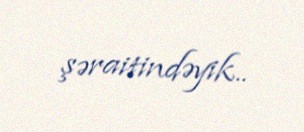
şəraitindəyik..